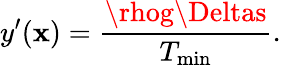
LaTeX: y^{\prime}(\mathbf{x})=\frac{{\rhog\Deltas}}{{T_{\mathrm{{min}}}}}.